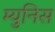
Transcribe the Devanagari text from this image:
म्युनिस